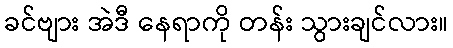
ခင်ဗျား အဲဒီ နေရာကို တန်း သွားချင်လား။